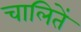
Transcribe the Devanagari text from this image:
चालितें